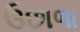
ઉછાળા